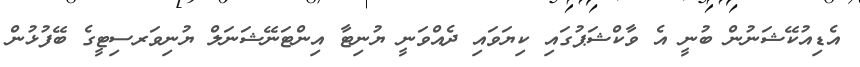
އެޑިއުކޭޝަނުން ބުނީ އެ ވާކްޝަޕުގައި ކިޔަވައި ދެއްވަނީ ޔުނިޓާ އިންޓަނޭޝަނަލް ޔުނިވަރސިޓީގެ ބޭފުޅުން